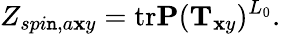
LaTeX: Z_{spi\mathtt{n},a\mathbf{x}y}=\mathrm{{tr}}{\mathbf{P}}({\mathbf{T}}_{\mathbf{x}y})^{L_{0}}.